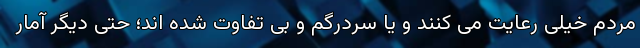
مردم خیلی رعایت می کنند و یا سردرگم و بی تفاوت شده اند؛ حتی دیگر آمار